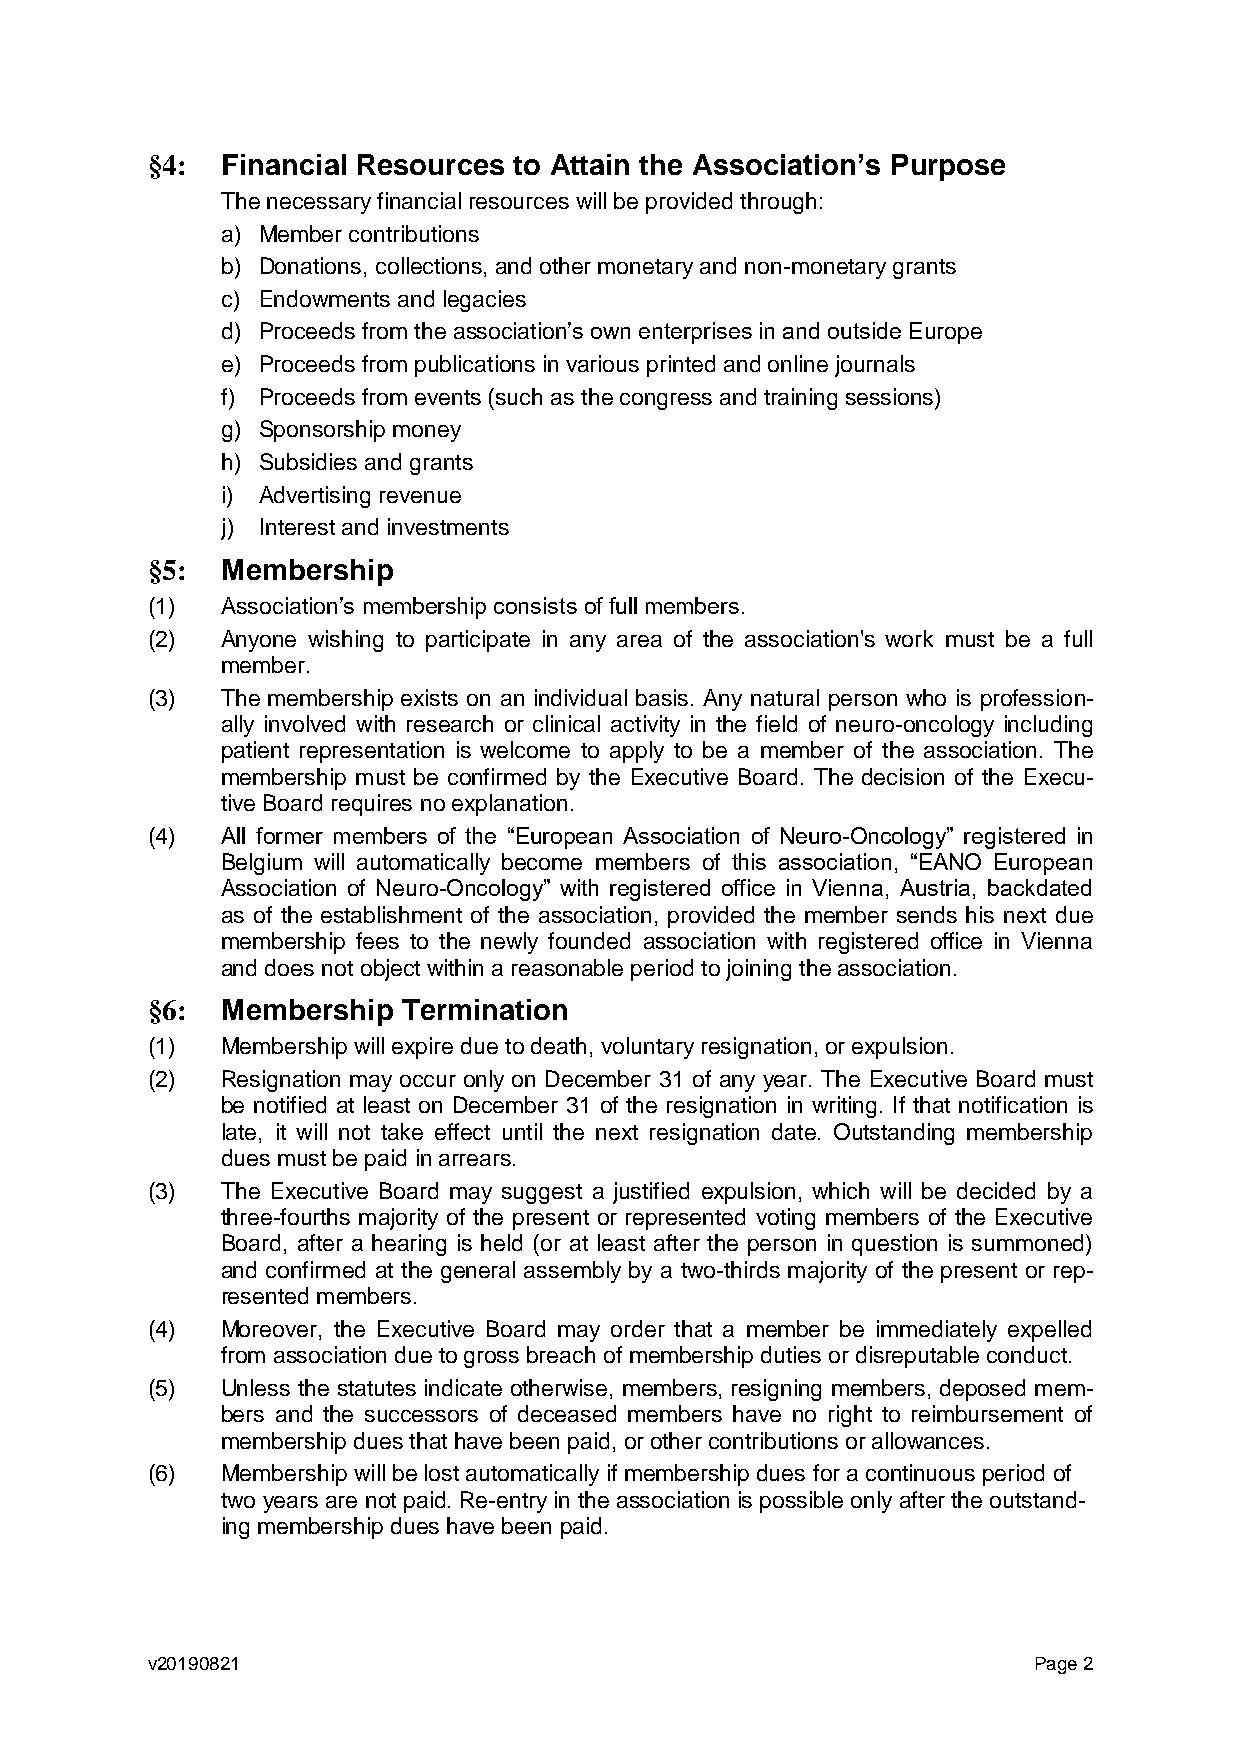
§4:  Financial Resources to Attain the Association’s Purpose
 The necessary financial resources will be provided through:
 a) Member contributions
 b) Donations, collections, and other monetary and non-monetary grants
 c) Endowments and legacies
 d) Proceeds from the association’s own enterprises in and outside Europe
 e) Proceeds from publications in various printed and online journals
 f) Proceeds from events (such as the congress and training sessions)
 g) Sponsorship money
 h) Subsidies and grants
 i) Advertising revenue
 j) Interest and investments
 §5:  Membership
 (1)  Association’s membership consists of full members.
 (2)  Anyone wishing to participate in any area of the association's work must be a full
 member.
 (3)  The membership exists on an individual basis. Any natural person who is profession-
 ally involved with research or clinical activity in the field of neuro-oncology including
 patient representation is welcome to apply to be a member of the association. The
 membership must be confirmed by the Executive Board. The decision of the Execu-
 tive Board requires no explanation.
 (4)  All former members of the “European Association of Neuro-Oncology” registered in
 Belgium will automatically become members of this association, “EANO European
 Association of Neuro-Oncology” with registered office in Vienna, Austria, backdated
 as of the establishment of the association, provided the member sends his next due
 membership fees to the newly founded association with registered office in Vienna
 and does not object within a reasonable period to joining the association.
 §6:  Membership  Termination
 (1)  Membership will expire due to death, voluntary resignation, or expulsion.
 (2)  Resignation may occur only on December 31 of any year. The Executive Board must
 be notified at least on December 31 of the resignation in writing. If that notification is
 late, it will not take effect until the next resignation date. Outstanding membership
 dues must be paid in arrears.
 (3)  The Executive Board may suggest a justified expulsion, which will be decided by a
 three-fourths majority of the present or represented voting members of the Executive
 Board, after a hearing is held (or at least after the person in question is summoned)
 and confirmed at the general assembly by a two-thirds majority of the present or rep-
 resented members.
 (4)  Moreover, the Executive Board may order that a member be immediately expelled
 from association due to gross breach of membership duties or disreputable conduct.
 (5)  Unless the statutes indicate otherwise, members, resigning members, deposed mem-
 bers and the successors of deceased members have no right to reimbursement of
 membership dues that have been paid, or other contributions or allowances.
 (6)  Membership will be lost automatically if membership dues for a continuous period of
 two years are not paid. Re-entry in the association is possible only after the outstand-
 ing membership dues have been paid.
 v20190821                                                 Page 2